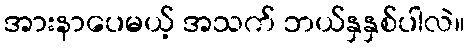
အားနာပေမယ့် အသက် ဘယ်နှနှစ်ပါလဲ။